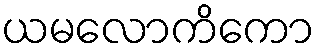
ယမလောကိကော